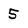
Character: 5